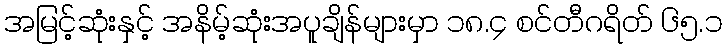
အမြင့်ဆုံးနှင့် အနိမ့်ဆုံးအပူချိန်များမှာ ၁၈.၄ စင်တီဂရိတ် ၆၅.၁